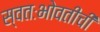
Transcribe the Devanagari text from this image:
स्वतःभोवतीची